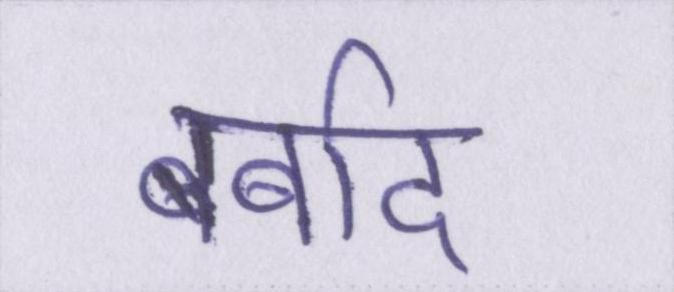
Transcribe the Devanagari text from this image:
बर्बाद